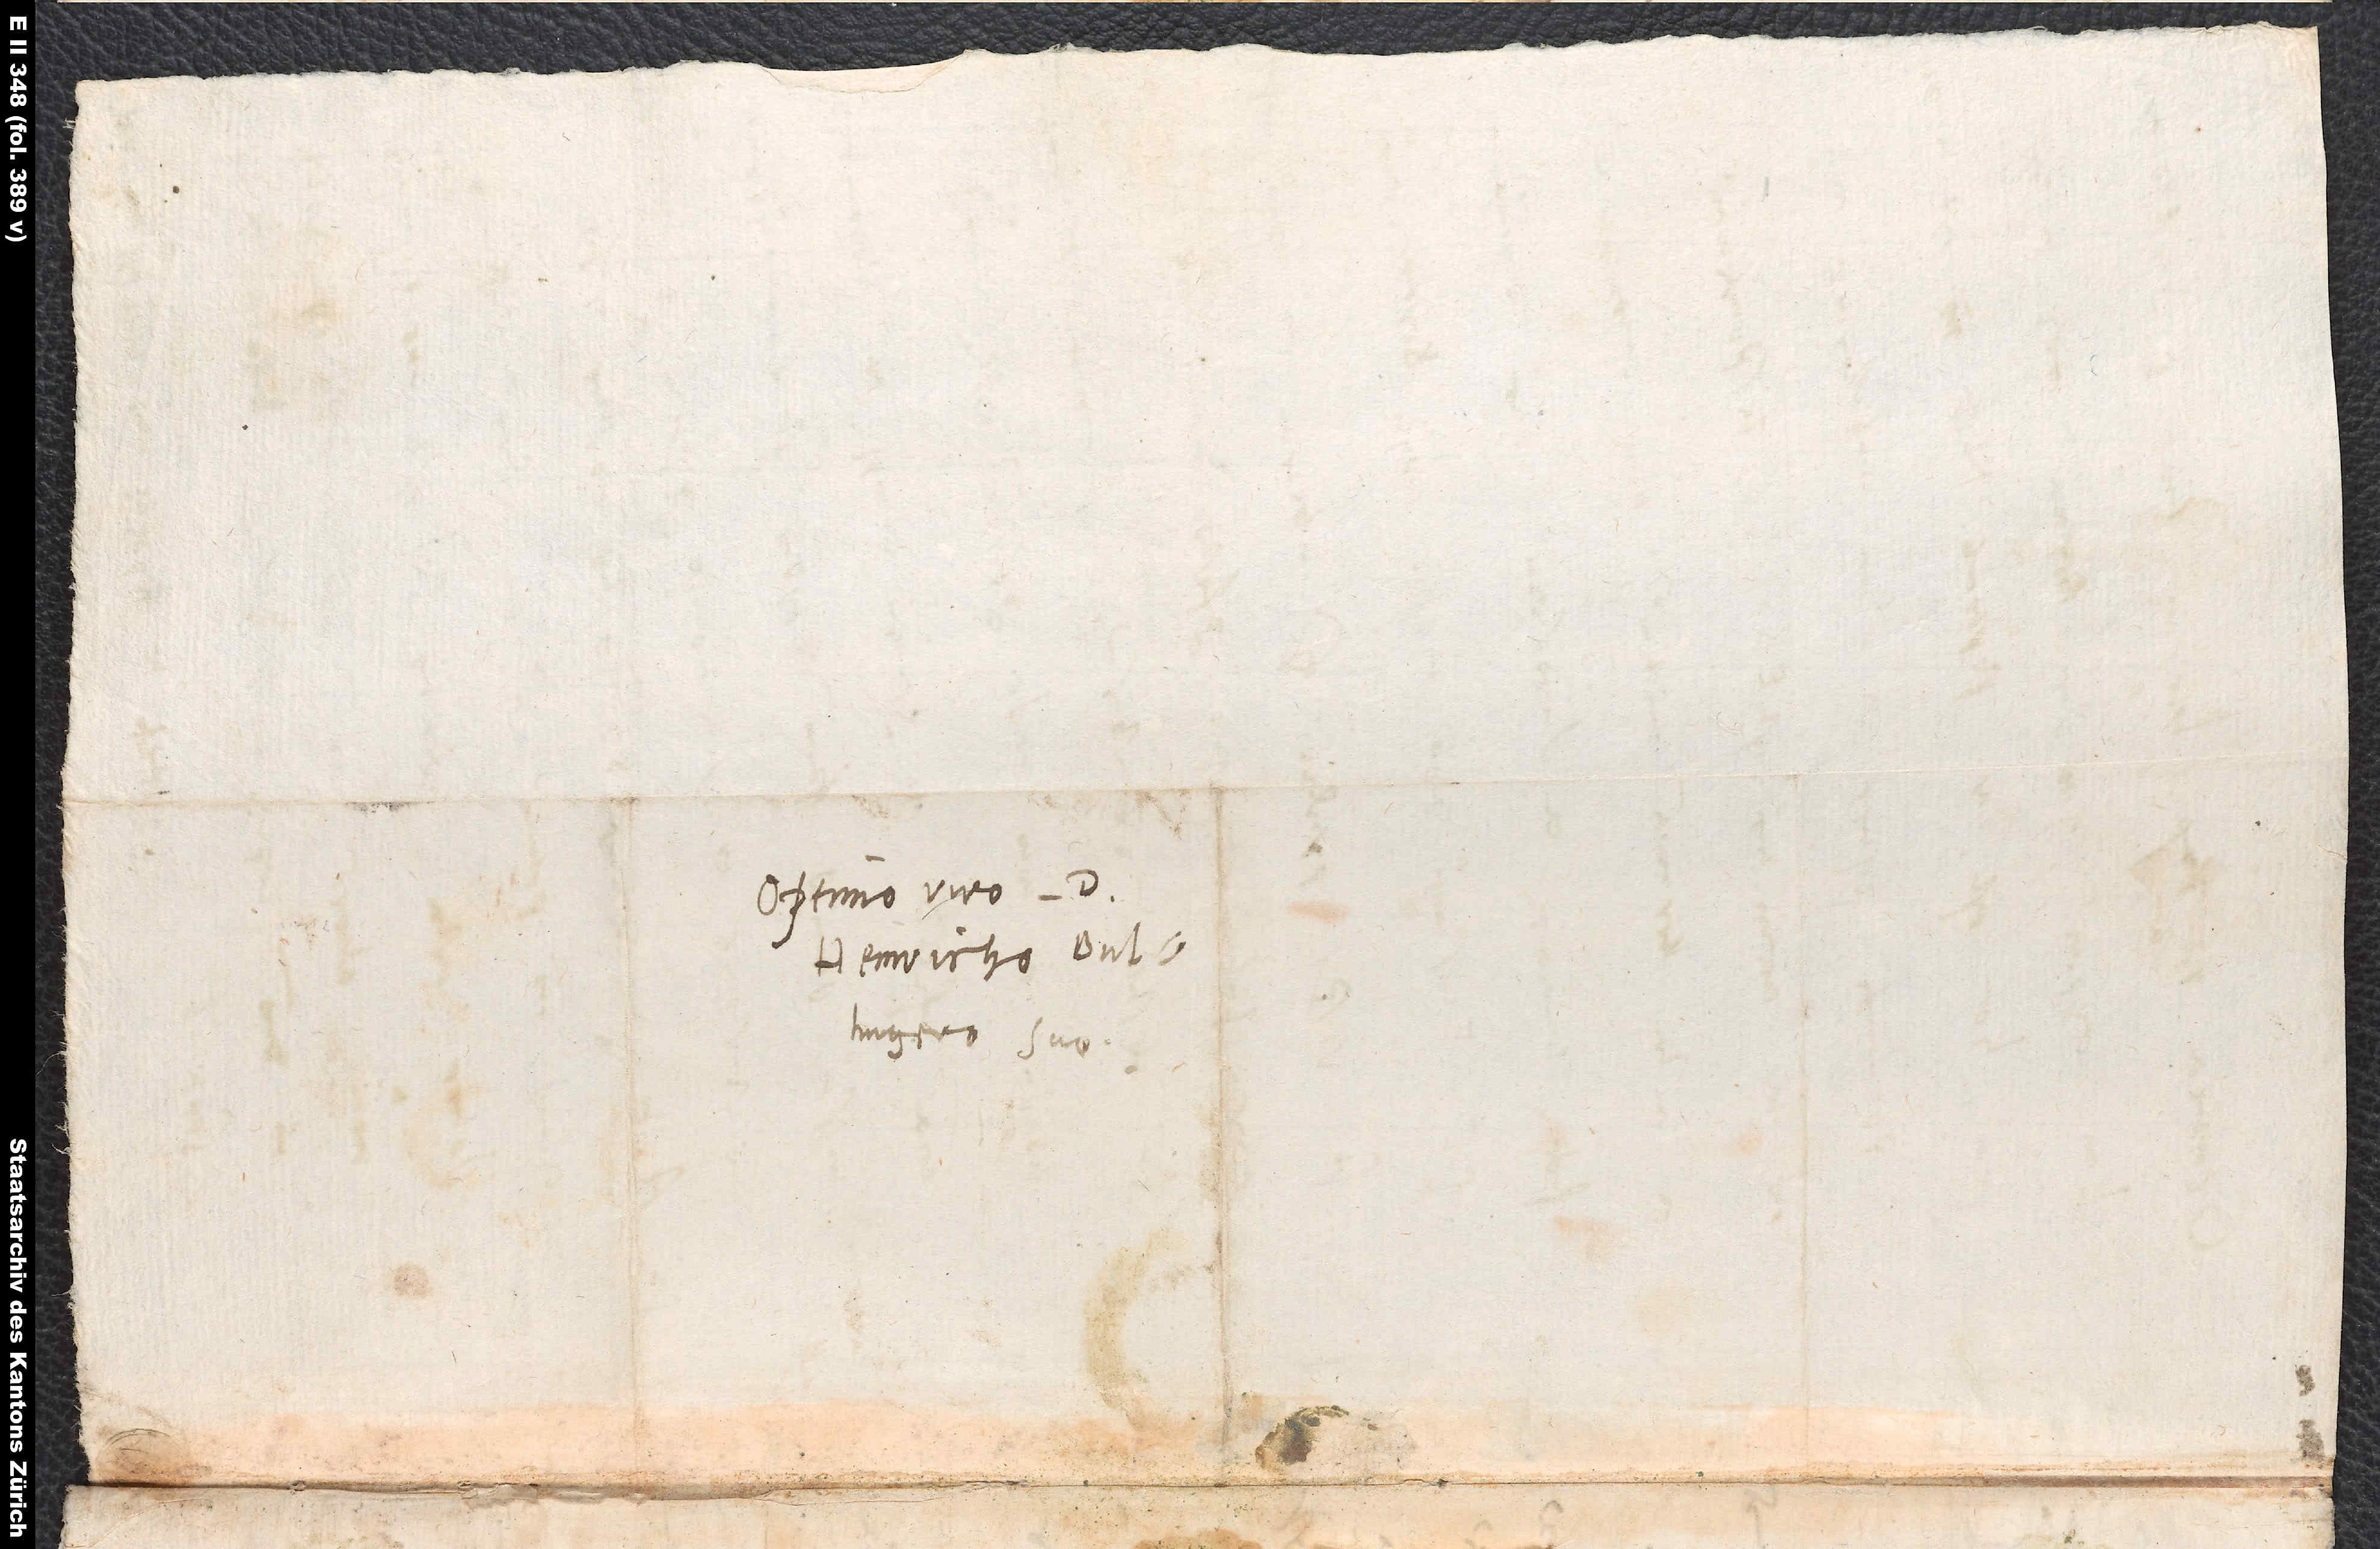
Optimo viro d.
Heinricho Bullingero